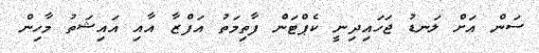
ސަން އަށް ލަނޑު ޖަހައިދިނީ ކެޕްޓަން ފާތިމަތު އަފްޒާ އާއި އައިޝަތު މާހިން